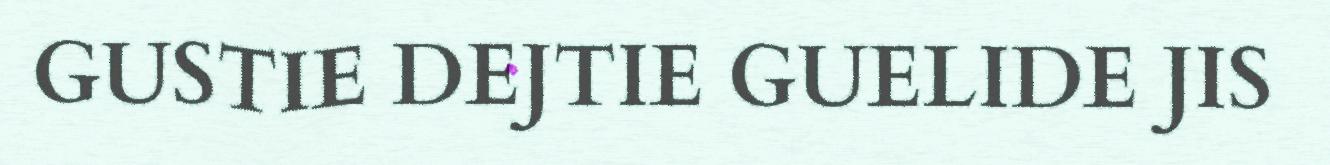
GUSTIE DEJTIE GUELIDE JIS